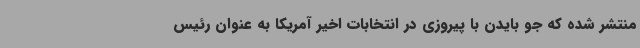
منتشر شده که جو بایدن با پیروزی در انتخابات اخیر آمریکا به عنوان رئیس